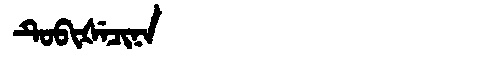
Manchu: ᡨᡠᠪᡳᡧᡝᠴᡳᠨᠠ
Romanization: TUBIŠECINA